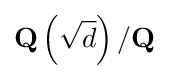
\mathbf {Q} \left({\sqrt {d}}\right)/\mathbf {Q}